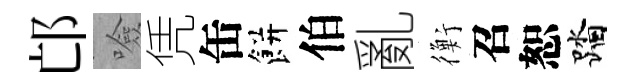
邙噞凭缶餅伯亂衡召恕踏